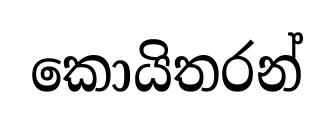
කොයිතරන්